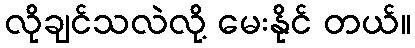
လိုချင်သလဲလို့ မေးနိုင် တယ်။